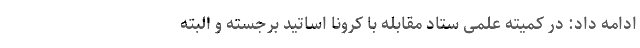
ادامه داد: در کمیته علمی ستاد مقابله با کرونا اساتید برجسته و البته